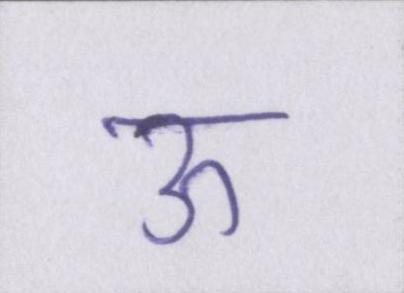
ऊ